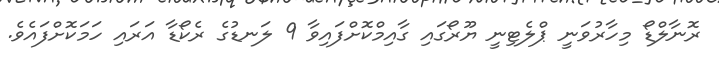
ރޮނާލްޑޯ މިހާރުވަނީ ޕްލެޓިނީ ޔޫރޯގައި ގާއިމްކޮށްފައިވާ 9 ލަނޑުގެ ރެކޯޑާ އަރައި ހަމަކޮށްފައެވެ.